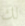
لك